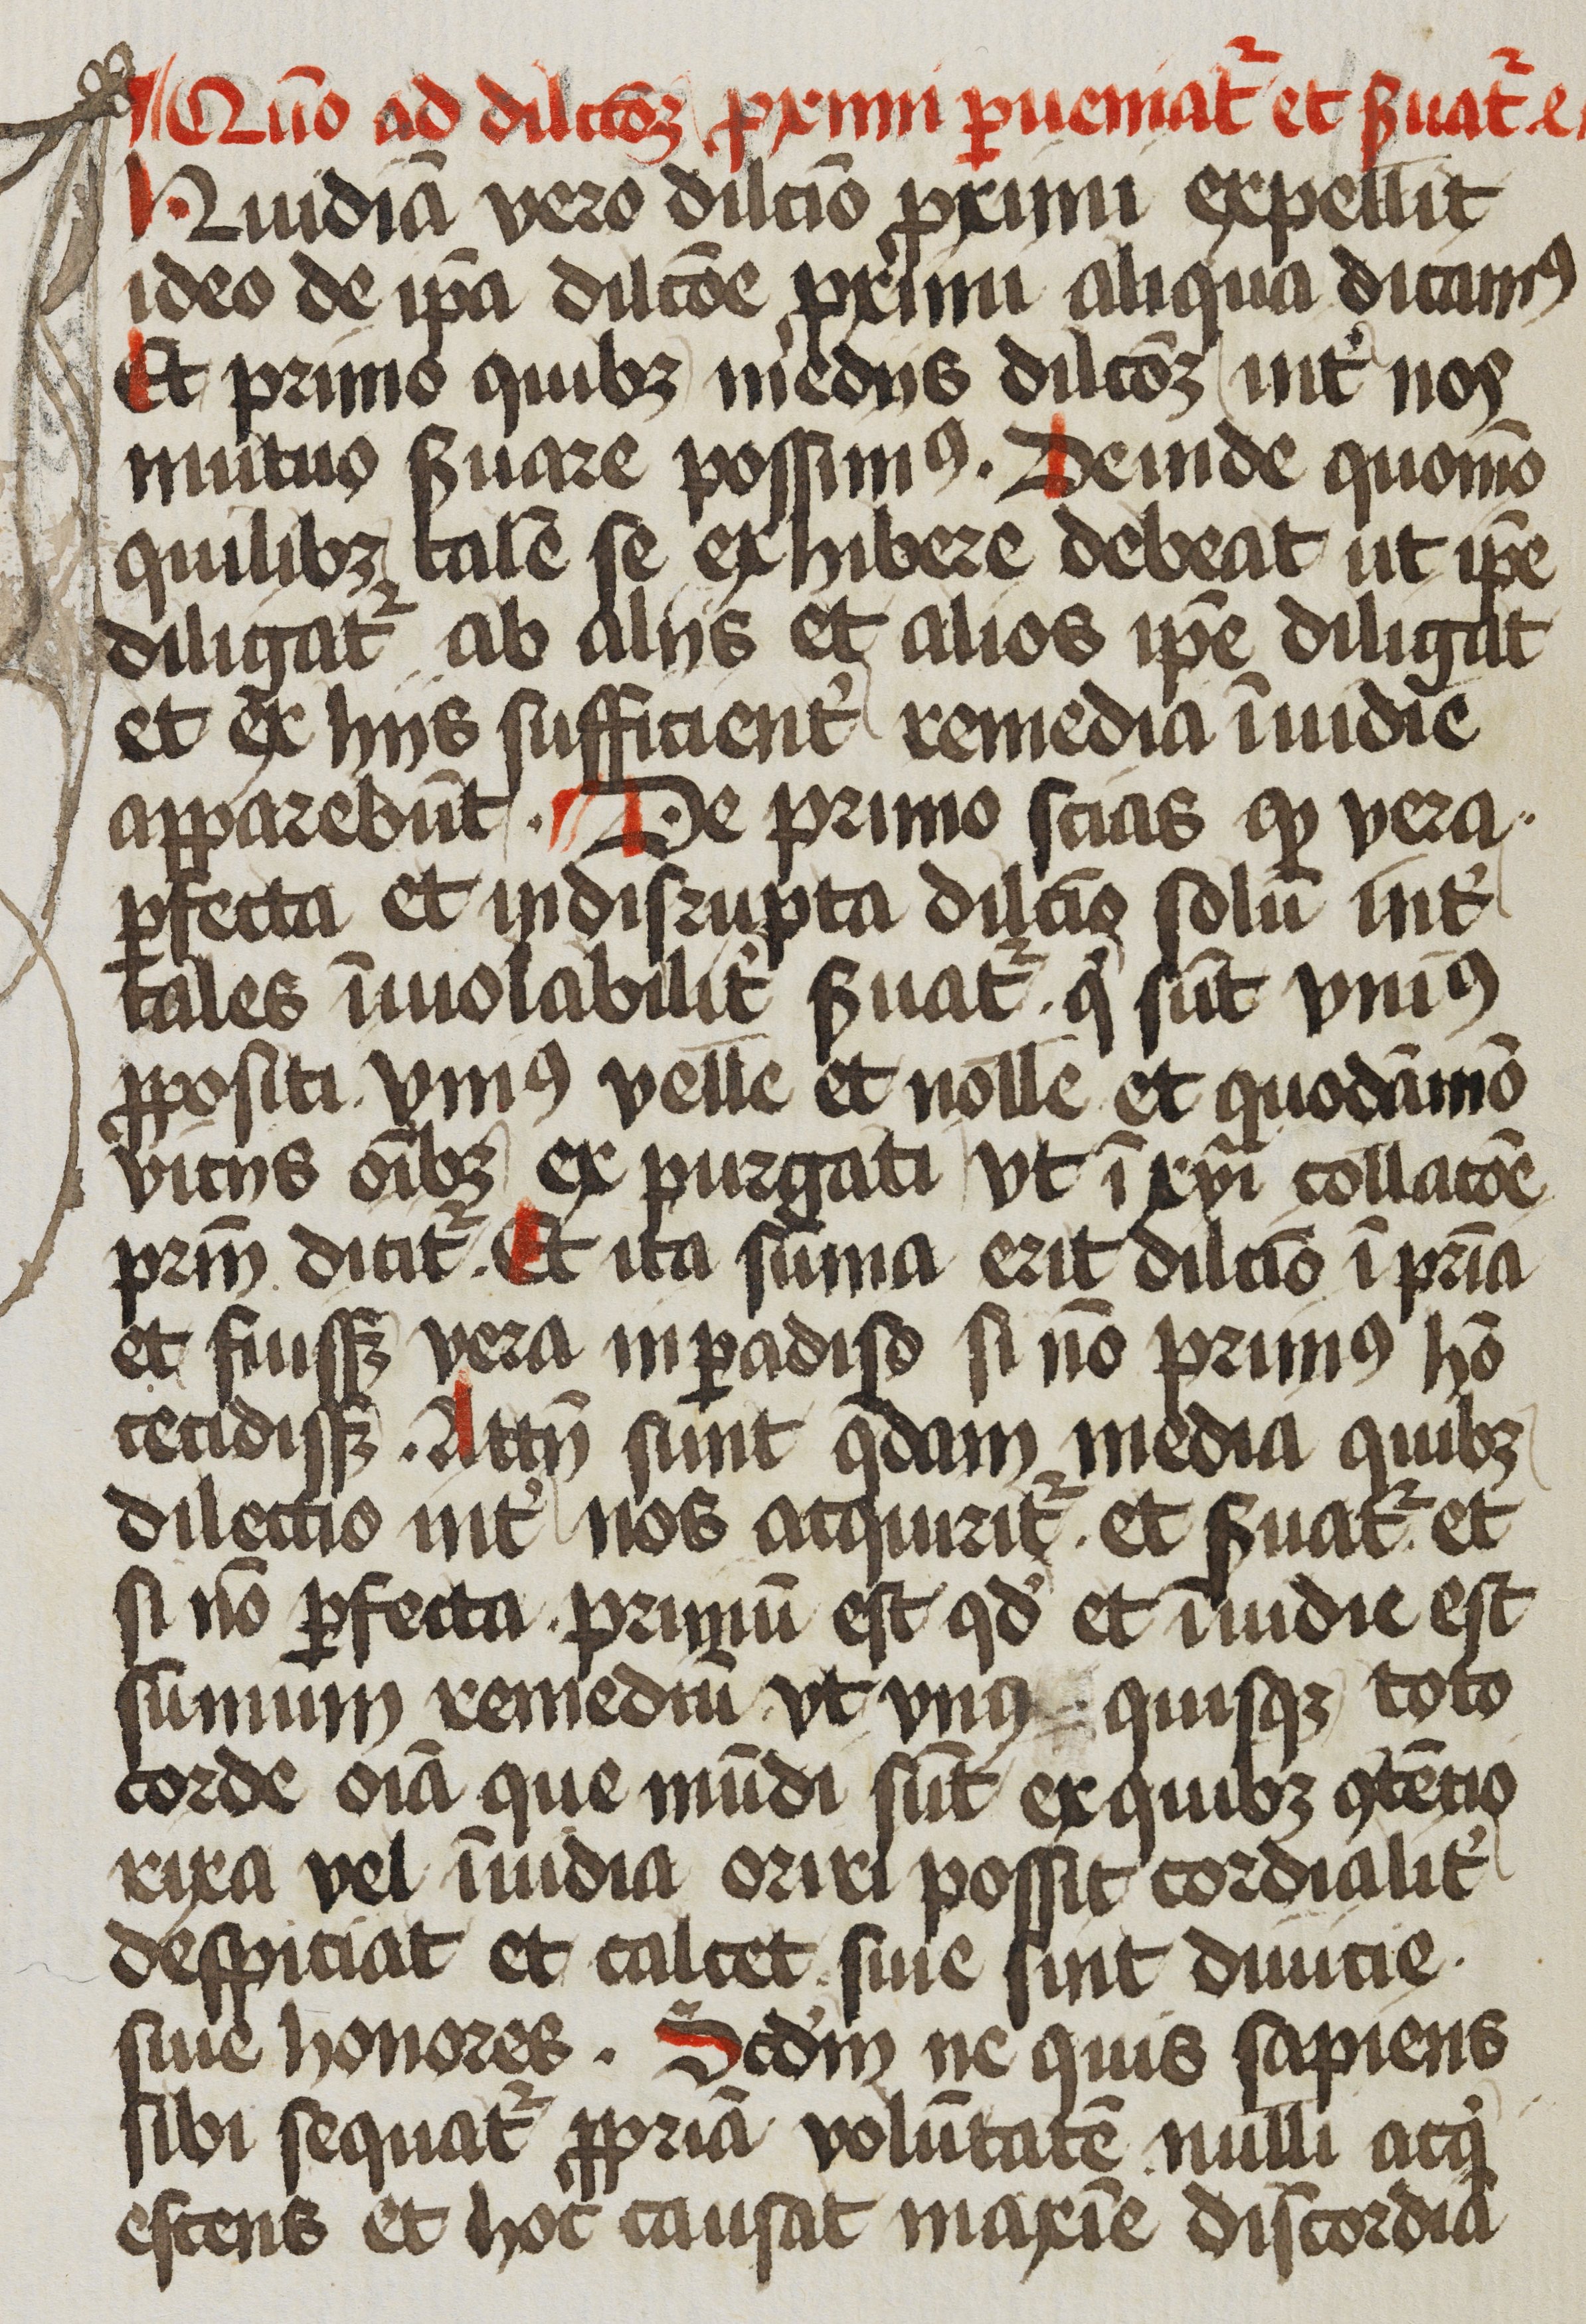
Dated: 1472–1472